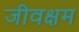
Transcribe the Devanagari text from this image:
जीवक्षम